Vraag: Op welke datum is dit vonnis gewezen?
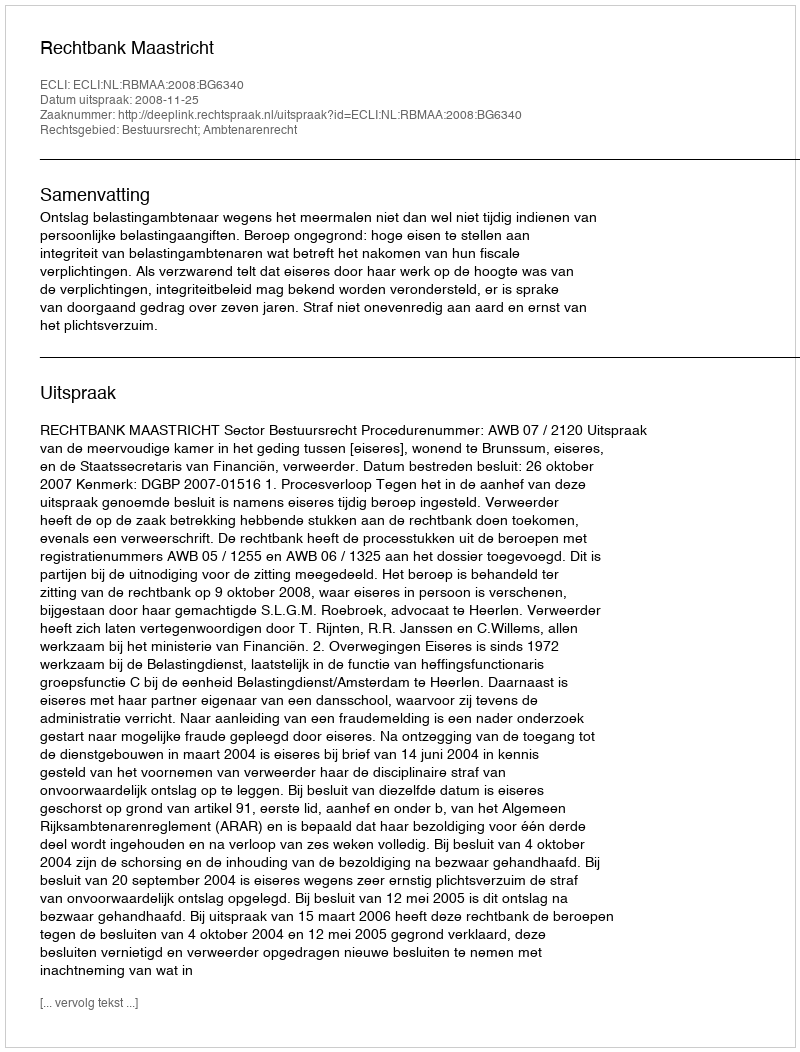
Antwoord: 2008-11-25